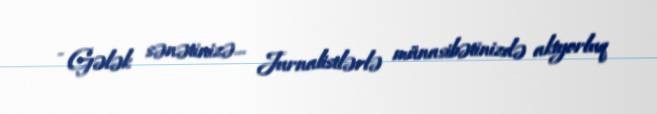
- Gələk sənətinizə... Jurnalistlərlə münasibətinizdə aktyorluq